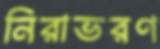
নিরাভরণ